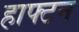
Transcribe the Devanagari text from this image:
हाफ्टन